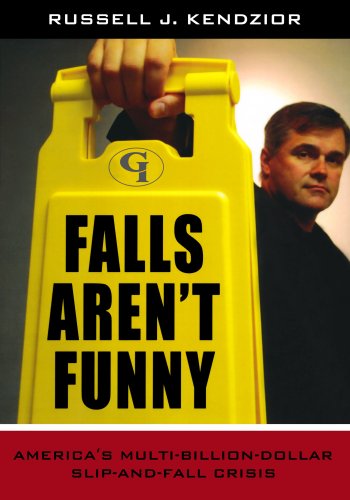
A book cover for Falls Aren't Funny: America's Multi-Billion Dollar Slip-and-Fall Crisis; Russell J. Kendzior; Law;